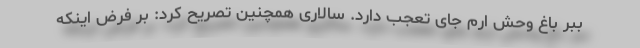
ببر باغ وحش ارم جای تعجب دارد. سالاری همچنین تصریح کرد: بر فرض اینکه